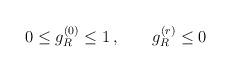
LaTeX: \begin{align*}0 \leq g_R^{(0)} \leq 1 \, , \qquad g_R^{(r)} \leq 0\end{align*}